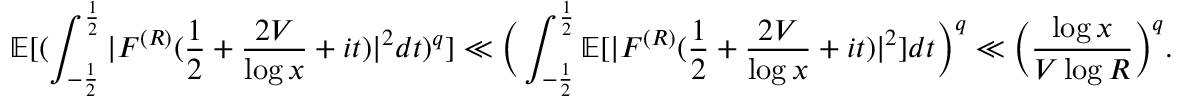
\mathbb E [ ( \int _ { - \frac { 1 } { 2 } } ^ { \frac { 1 } { 2 } } | F ^ { ( R ) } ( \frac { 1 } { 2 } + \frac { 2 V } { \log x } + i t ) | ^ { 2 } d t ) ^ { q } ] \ll \Big ( \int _ { - \frac { 1 } { 2 } } ^ { \frac { 1 } { 2 } } \mathbb E [ | F ^ { ( R ) } ( \frac { 1 } { 2 } + \frac { 2 V } { \log x } + i t ) | ^ { 2 } ] d t \Big ) ^ { q } \ll \Big ( \frac { \log x } { V \log R } \Big ) ^ { q } .